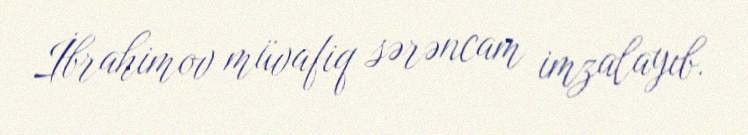
İbrahimov müvafiq sərəncam imzalayıb.